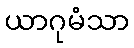
ယာဂုမံသာ